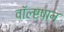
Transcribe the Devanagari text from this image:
वॉल्ष्टषान